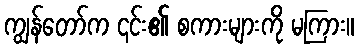
ကျွန်တော်က ၎င်း၏ စကားများကို မကြား။